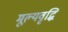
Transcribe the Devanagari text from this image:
मूल्‍यवृद्धि